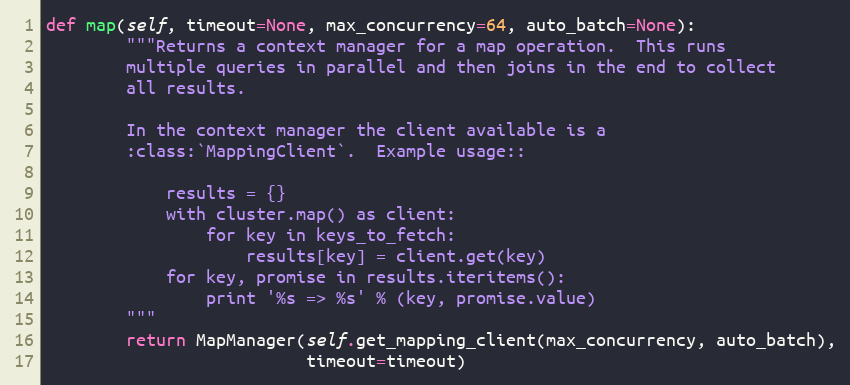
Language: Python
def map(self, timeout=None, max_concurrency=64, auto_batch=None):
        """Returns a context manager for a map operation.  This runs
        multiple queries in parallel and then joins in the end to collect
        all results.

        In the context manager the client available is a
        :class:`MappingClient`.  Example usage::

            results = {}
            with cluster.map() as client:
                for key in keys_to_fetch:
                    results[key] = client.get(key)
            for key, promise in results.iteritems():
                print '%s => %s' % (key, promise.value)
        """
        return MapManager(self.get_mapping_client(max_concurrency, auto_batch),
                          timeout=timeout)